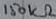
Text: 150KΩ